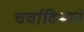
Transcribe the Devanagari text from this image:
चर्चाविश्वाने